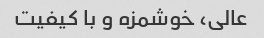
عالی، خوشمزه و با کیفیت